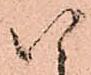
以